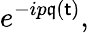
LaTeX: e^{-ip\mathfrak{q}(\mathsf{t})},